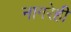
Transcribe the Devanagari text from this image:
नागरेही